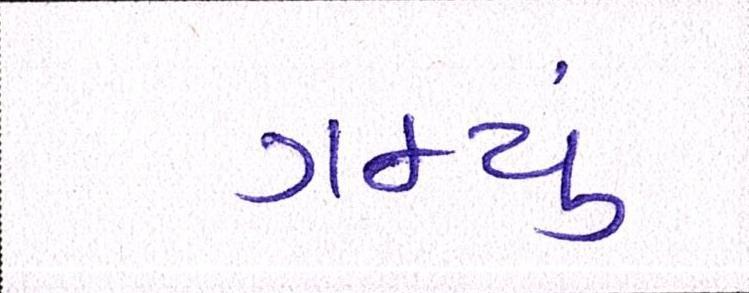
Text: ગમ્યું